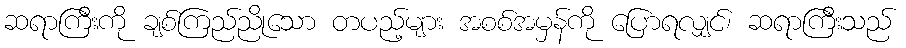
ဆရာကြီးကို ချစ်ကြည်ညိုသော တပည့်များ အစစ်အမှန်ကို ပြောရလျှင်၊ ဆရာကြီးသည်